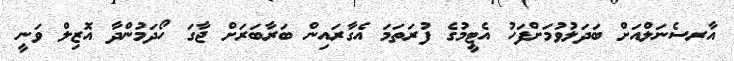
އާރސެނަލްއަށް ބަދަލުވުމަށްފަހު އެޓީމުގެ ފުރަތަމަ އެގާރައިން ބަރާބަރަށް ޖާގަ ހޯދަމުންދާ އޮޒިލް ވަނީ